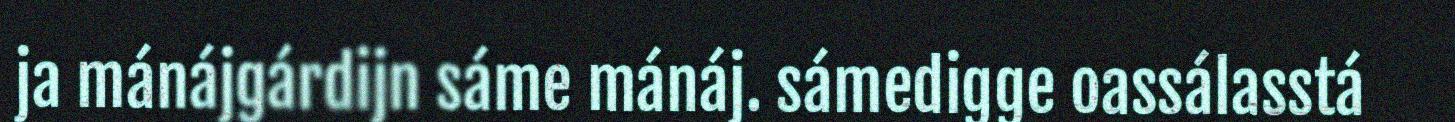
ja mánájgárdijn sáme mánáj. sámedigge oassálasstá